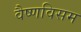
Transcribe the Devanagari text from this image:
वैष्णविसम